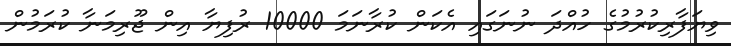
ވިޔަފާރިކުރުމުގެ ހުއްދަ ނުނަގައި އެކަން ކުރާނަމަ 10000 ރުފިޔާ އިން ޖޫރިމަނާ ކުރަމުން